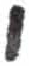
אות: י